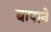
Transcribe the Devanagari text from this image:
बापानें